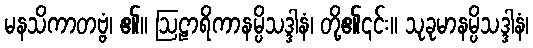
မနသိကာတဗ္ဗံ၊ ၏။ ဩဠာရိကာနမ္ပိသဒ္ဒါနံ၊ တို့၏၎င်း။ သုခုမာနမ္ပိသဒ္ဒါနံ၊